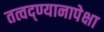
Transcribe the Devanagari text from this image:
तत्वद्ण्यानापेक्षा